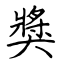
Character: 獎